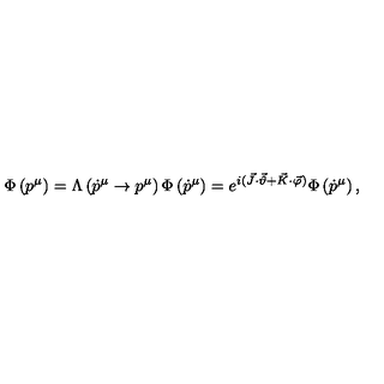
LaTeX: \Phi \left( p ^ { \mu } \right) = \Lambda \left( \dot { p } ^ { \mu } \to p ^ { \mu } \right) \Phi \left( \dot { p } ^ { \mu } \right) = e ^ { i ( \vec { J } \cdot \vec { \vartheta } + \vec { K } \cdot \vec { \varphi } ) } \Phi \left( \dot { p } ^ { \mu } \right) ,